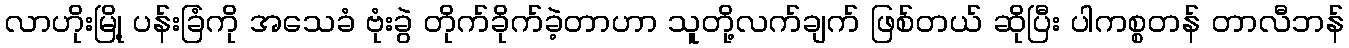
လာဟိုးမြို့ ပန်းခြံကို အသေခံ ဗုံးခွဲ တိုက်ခိုက်ခဲ့တာဟာ သူတို့လက်ချက် ဖြစ်တယ် ဆိုပြီး ပါကစ္စတန် တာလီဘန်